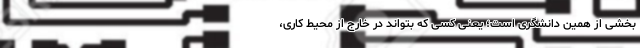
بخشی از همین دانشگری است؛ یعنی کسی که بتواند در خارج از محیط کاری،